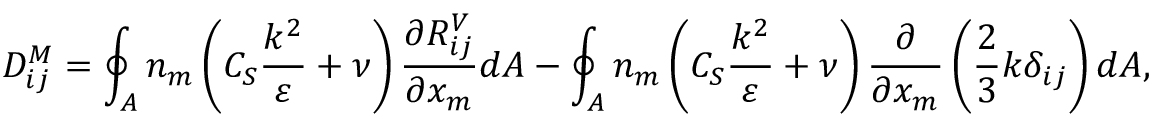
D _ { i j } ^ { M } = \oint _ { A } n _ { m } \left( C _ { S } \frac { k ^ { 2 } } { \varepsilon } + \nu \right) \frac { \partial R _ { i j } ^ { V } } { \partial x _ { m } } d A - \oint _ { A } n _ { m } \left( C _ { S } \frac { k ^ { 2 } } { \varepsilon } + \nu \right) \frac { \partial } { \partial x _ { m } } \left( \frac { 2 } { 3 } k \delta _ { i j } \right) d A ,